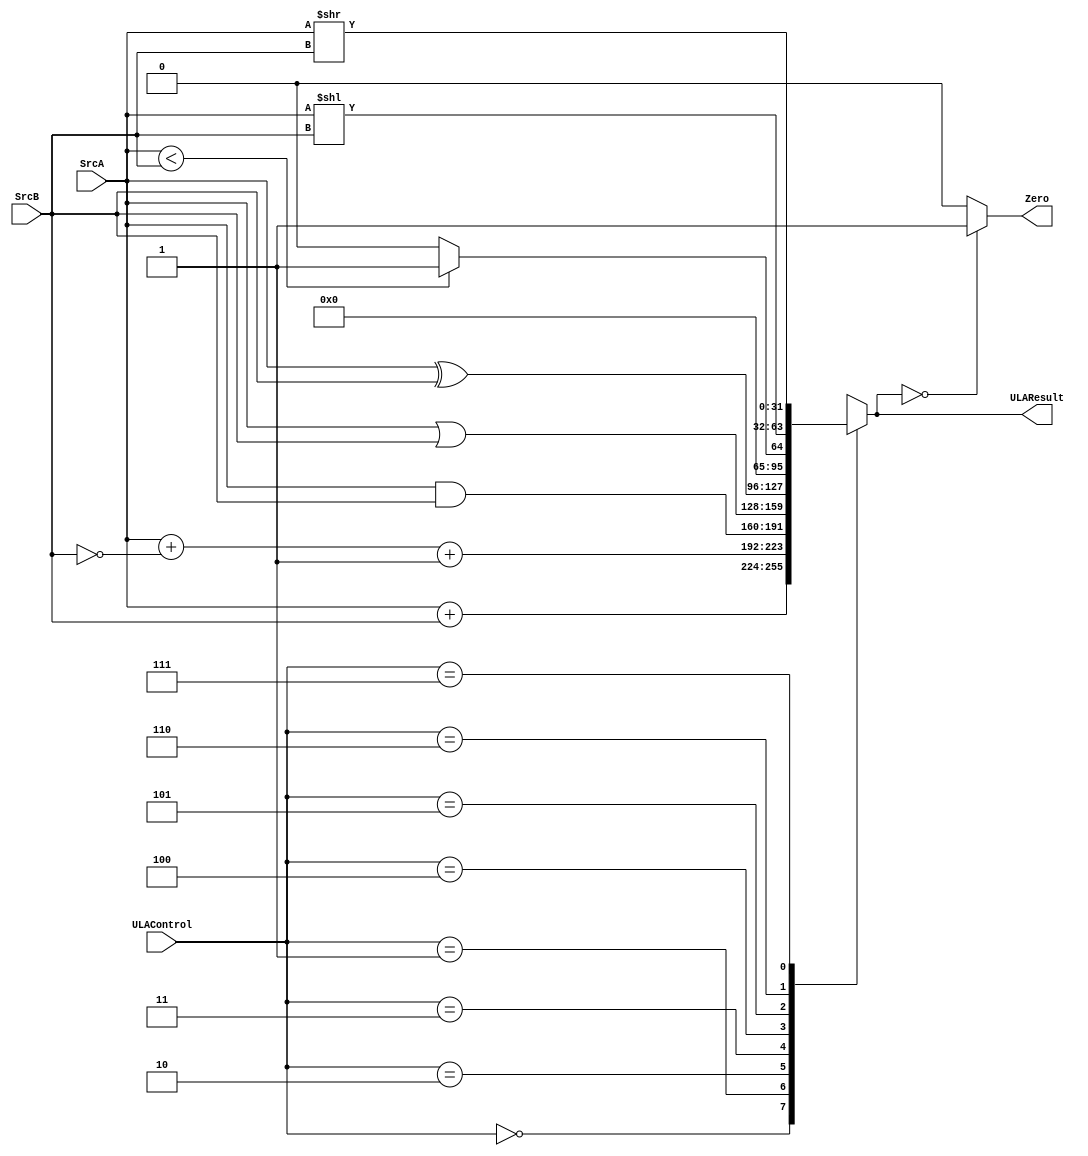
module ULA (input [31:0] SrcA, 
		    input [31:0] SrcB, 
            input [2:0] ULAControl, 
		    output reg [31:0] ULAResult, 
			output Zero
			);
	
	always @(*) begin
		case(ULAControl)
				3'b000: ULAResult = SrcA + SrcB; 
				3'b001: ULAResult = SrcA + ~SrcB + 1;
				3'b010: ULAResult = SrcA & SrcB;
				3'b011: ULAResult = SrcA | SrcB;
				3'b100: ULAResult = SrcA ^ SrcB;
				3'b101: ULAResult = SrcA < SrcB ? 1 : 0;
				3'b110: ULAResult = SrcA << SrcB;
				3'b111: ULAResult = SrcA >> SrcB;
				
				default: ULAResult = 0;

		endcase

	end
	
	assign Zero = ULAResult == 0 ? 1 : 0;

endmodule